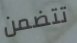
تتضمن